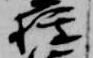
権